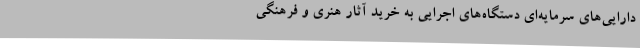
دارایی‌های سرمایه‌ای دستگاه‌های اجرایی به خرید آثار هنری و فرهنگی